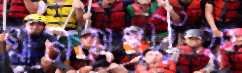
খানকাশরিফ